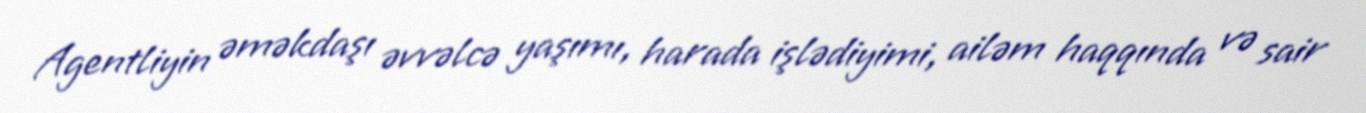
Agentliyin əməkdaşı əvvəlcə yaşımı, harada işlədiyimi, ailəm haqqında və sair